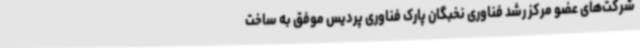
شرکت‌های عضو مرکز رشد فناوری نخبگان پارک فناوری پردیس موفق به ساخت